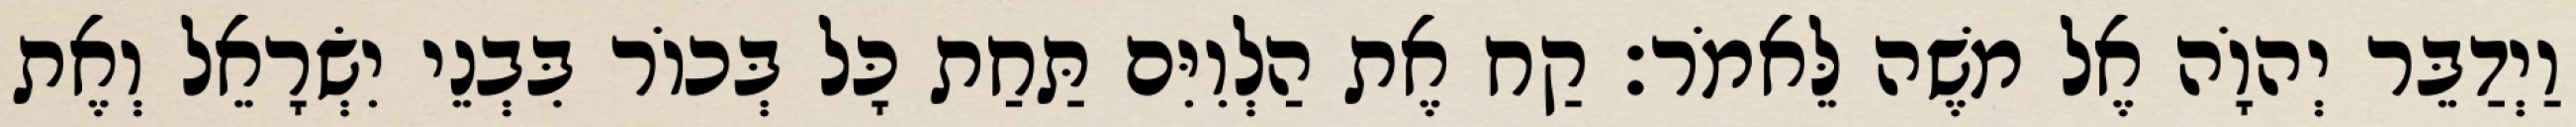
וַיְדַבֵּר יְהוָֹה אֶל משֶׁה לֵּאמֹר׃ קַח אֶת הַלְוִיִּם תַּחַת כָּל בְּכוֹר בִּבְנֵי יִשְׂרָאֵל וְאֶת